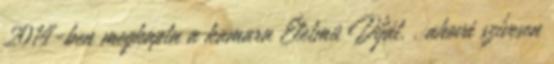
2014-ben megkapta a kamara Életmû Díját. . ahová szívesen